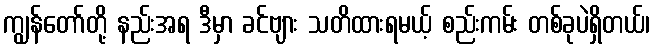
ကျွန်တော်တို့ နည်းအရ ဒီမှာ ခင်ဗျား သတိထားရမယ့် စည်းကမ်း တစ်ခုပဲရှိတယ်၊